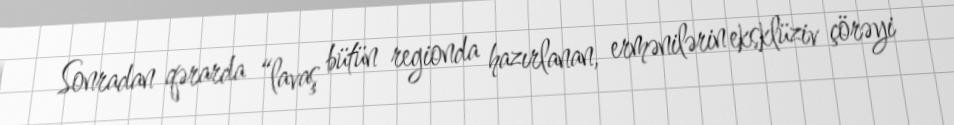
Sonradan qərarda “lavaş bütün regionda hazırlanan, ermənilərin eksklüziv çörəyi